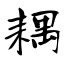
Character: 耦